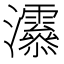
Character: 𤅒